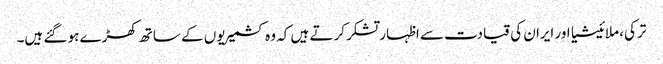
ترکی، ملائیشیا اور ایران کی قیادت سے اظہار تشکر کرتے ہیں کہ وہ کشمیریوں کے ساتھ کھڑے ہو گئے ہیں۔